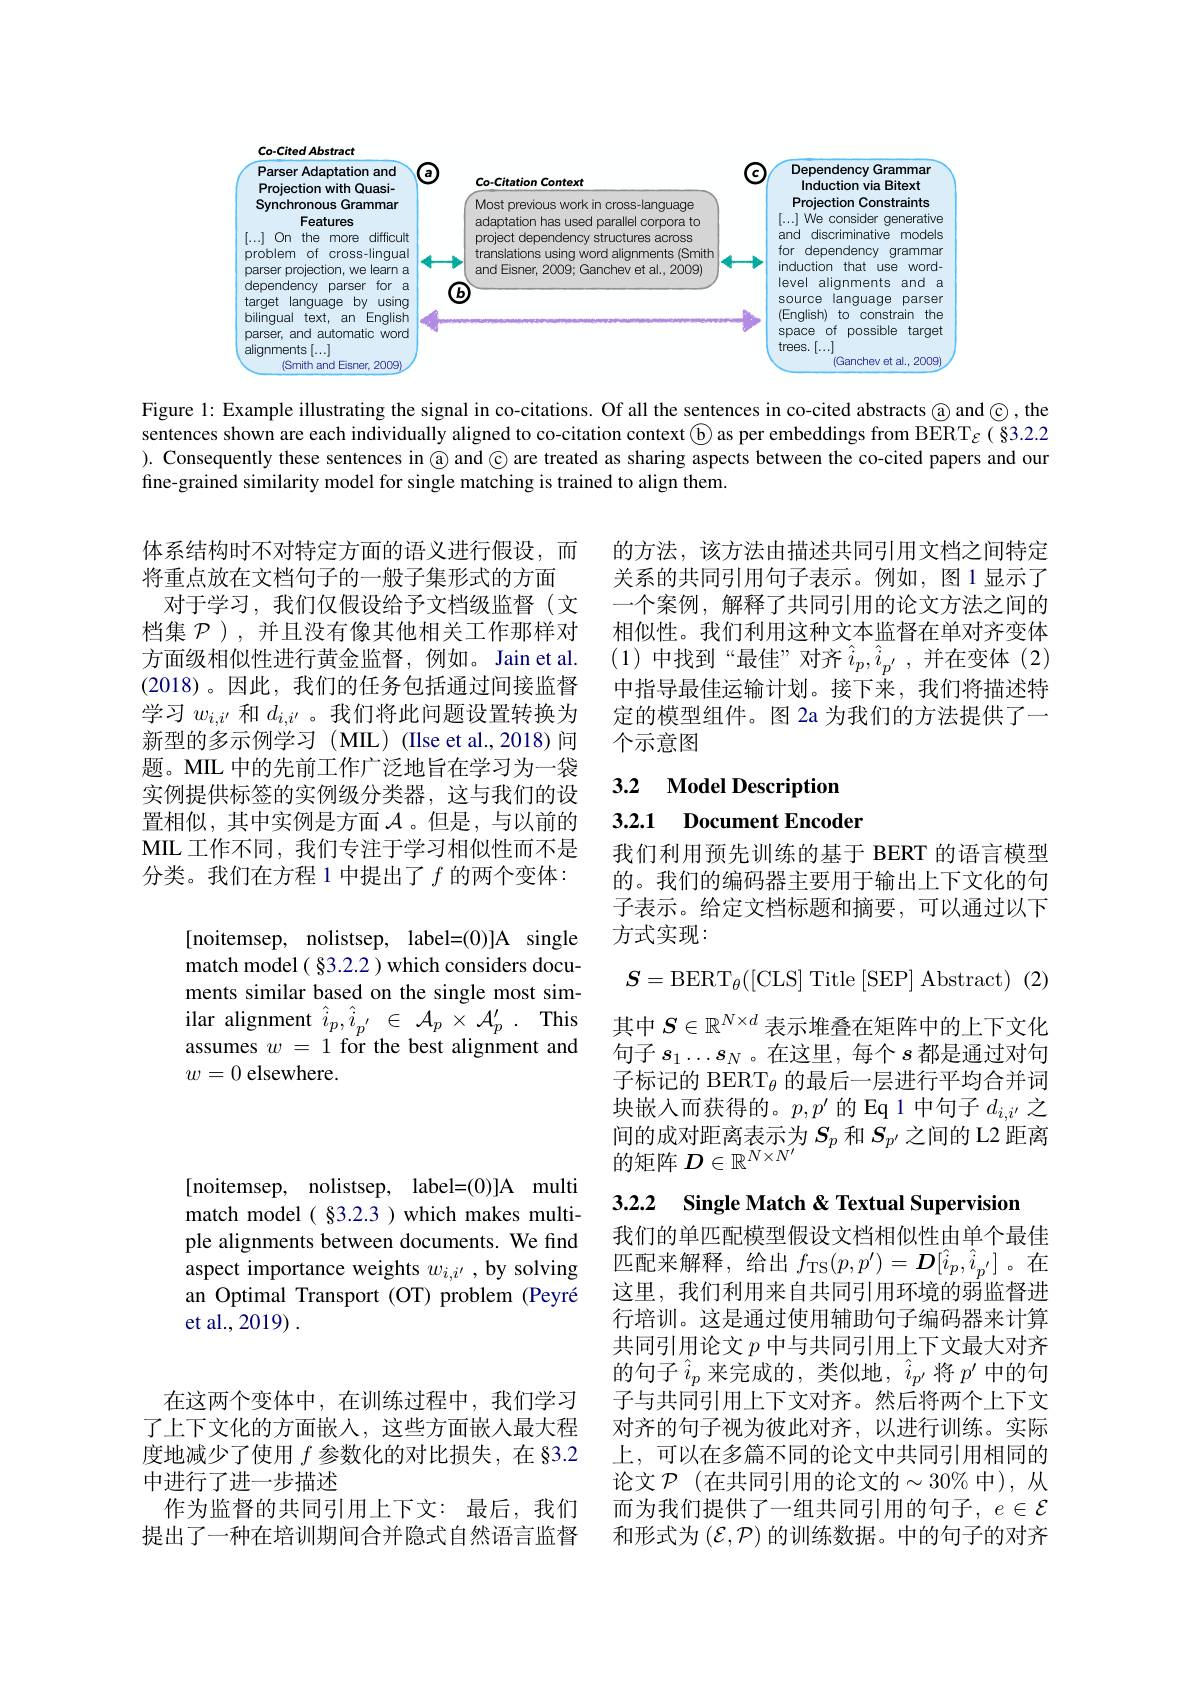
<FigureHere>

Figure 1: Example illustrating the signal in co-citations. Of all the sentences in co-cited abstracts @ and ©, the sentences shown are each individually aligned to co-citation context ® as per embeddings from BERT$\varepsilon(\S3.2.2$ ). Consequently these sentences in @ and © are treated as sharing aspects between the co-cited papers and our fine-grained similarity model for single matching is trained to align them.

体系结构时不对特定方面的语义进行假设，而 的方法，该方法由描述共同引用文档之间特定将重点放在文档句子的一般子集形式的方面 关系的共同引用句子表示。例如，图 1 显示了
一个案例，解释了共同引用的论文方法之间的相似性。我们利用这种文本监督在单对齐变体(1) 中找到“最佳”对齐$\hat{i}_p,\hat{i}_{p^{\prime}}$,并在变体(2) 中指导最佳运输计划。接下来，我们将描述特定的模型组件。图 2a 为我们的方法提供了一个示意图

对于学习，我们仅假设给予文档级监督(文档集$\mathcal{P}$ ),并且没有像其他相关工作那样对方面级相似性进行黄金监督，例如。Jain et al. (2018)。因此，我们的任务包括通过间接监督学习$w_{i,i^{\prime}}$和$d_{i,i^{\prime}}$。我们将此问题设置转换为新型的多示例学习(MIL)(Ilse et al.,2018)问题。MIL 中的先前工作广泛地旨在学习为一袋实例提供标签的实例级分类器，这与我们的设置相似，其中实例是方面$\mathcal{A}$。但是，与以前的MIL 工作不同，我们专注于学习相似性而不是分类。我们在方程 1 中提出了$f$的两个变体：

### 3.2 Model Description 3.2.1 Document Encoder
$$S=\mathrm{BERT}_\theta([\mathrm{CLS}]\:\mathrm{Title}\:[\mathrm{SEP}]\:\mathrm{Abstract})\:(2)$$
[noitemsep, nolistsep, label=(0)]A single match model ( $\$$3. 2. 2 ) which considers docu- ments similar based on the single most similar alignment $\hat{i}_p,\hat{i}_{p^{\prime}}\in\mathcal{A}_p\times\mathcal{A}_p^{\prime}.$ This assumes $w=1$ for the best alignment and $w=0$ elsewhere.

我们利用预先训练的基于 BERT 的语言模型的。我们的编码器主要用于输出上下文化的句子表示。给定文档标题和摘要，可以通过以下方式实现：
其中$S\in\mathbb{R}^{N\times d}$表示堆叠在矩阵中的上下文化句子$s_1\ldots s_N$ 。在这里，每个$s$都是通过对句子标记的 BERT$_{\theta}$的最后一层进行平均合并词块嵌入而获得的。$p,p^\prime$的 Eq 1 中句子$d_{i,i^{\prime}}$之间的成对距离表示为$S_p$和$S_{p^{\prime}}$之间的 L2 距离的矩阵$D\in\mathbb{R}^N\times N^{\prime}$

3.2.2 Single Match & Textual Supervision

[noitemsep, nolistsep, label=(0)]A multi match model( §3.2.3 ) which makes multiple alignments between documents. We find aspect importance weights $w_{i,i^{\prime}}$ ,by solving an Optimal Transport (OT) problem (Peyré et al., 2019) .

我们的单匹配模型假设文档相似性由单个最佳匹配来解释，给出$f_{\mathrm{TS}}(p,p^{\prime})=\boldsymbol{D}[\hat{i}_{p},\hat{i}_{{p^{\prime}}}]$。在这里，我们利用来自共同引用环境的弱监督进行培训。这是通过使用辅助句子编码器来计算共同引用论文$p$中与共同引用上下文最大对齐的句子$\hat{i}_p$ 来完成的，类似地$,\hat{i}_{p^{\prime}}$将$p^\prime$ 中的句子与共同引用上下文对齐。然后将两个上下文对齐的句子视为彼此对齐，以进行训练。实际上，可以在多篇不同的论文中共同引用相同的论文$\mathcal{P}$(在共同引用的论文的$\sim30\%$中),从而为我们提供了一组共同引用的句子，$e\in\mathcal{E}$ 和形式为$(\mathcal{E},\mathcal{P})$的训练数据。中的句子的对齐

在这两个变体中，在训练过程中，我们学习了上下文化的方面嵌人，这些方面嵌入最大程度地减少了使用$f$参数化的对比损失，在 §3.2中进行了进一步描述
作为监督的共同引用上下文：最后，我们提出了一种在培训期间合并隐式自然语言监督